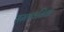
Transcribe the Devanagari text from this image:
समध्वनिक